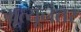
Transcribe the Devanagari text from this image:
म्रूत्यूनंतर